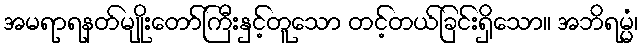
အမရာရနတ်မျိုးတော်ကြီးနှင့်တူသော တင့်တယ်ခြင်းရှိသော။ အဘိရမ္မံ၊